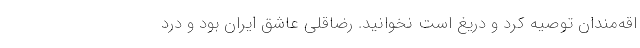
اقه‌مندان توصیه کرد و دریغ است نخوانید. رضاقلی عاشق ایران بود و درد